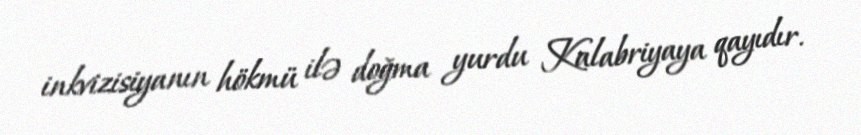
inkvizisiyanın hökmü ilə doğma yurdu Kalabriyaya qayıdır.